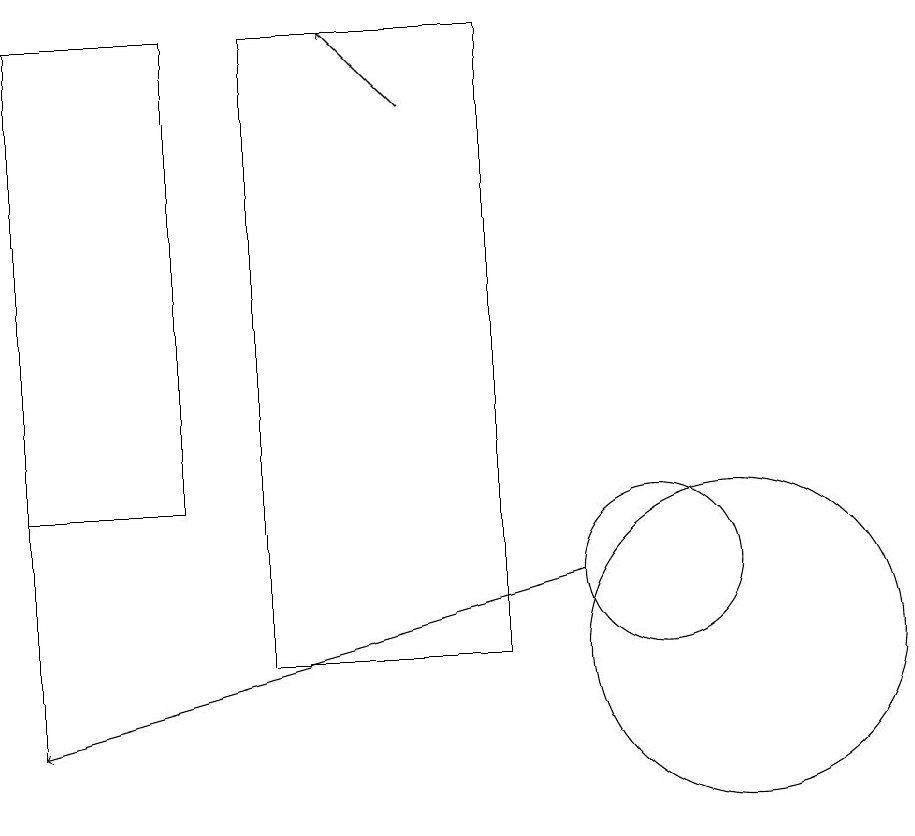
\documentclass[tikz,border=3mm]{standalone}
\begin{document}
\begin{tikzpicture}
\draw (4,13) rectangle (2,19);
\draw (10,12) circle (1);
\draw[->] (9,12) -- (2,10);
\draw[->] (7,18) -- (6,19);
\draw (5,11) rectangle (8,19);
\draw (2,10) rectangle (2,19);
\draw (11,11) circle (2);
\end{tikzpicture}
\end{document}